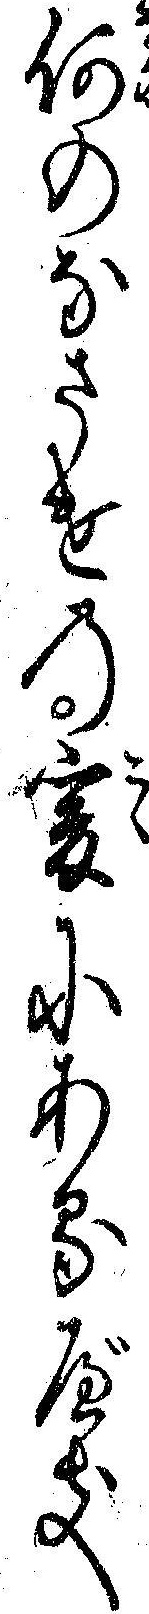
何のなさけの爰にあるべき